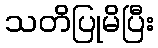
သတိပြုမိပြီး